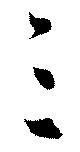
三